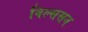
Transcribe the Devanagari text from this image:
विल्ससन